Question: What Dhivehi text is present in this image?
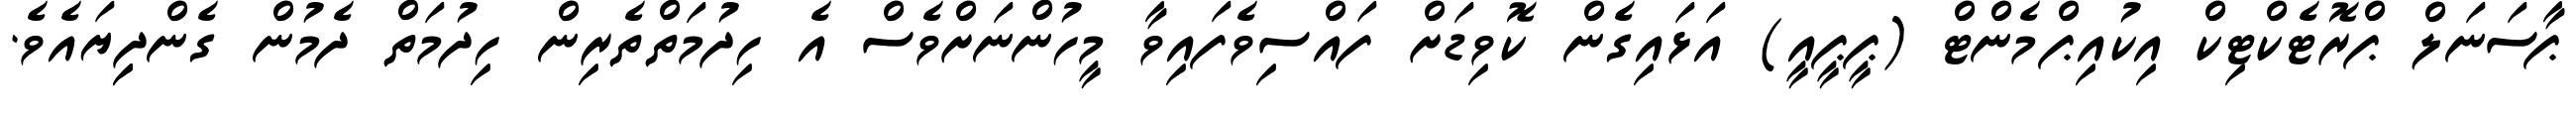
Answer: ޕާސަނަލް ޕްރޮޓެކްޓިކް އިކުއިޕްމެންޓް (ޕީޕީއީ) އަޅައިގެން ކޮވިޑަށް ފައްސިވެފައިވާ މީހުންނަށްވެސް އެ ހިދުމަތްތެރިން ހިދުމަތް ދެމުން ގެންދިިޔައެވެ.